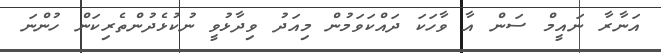
އަނާރާ ނައީމް ސަން އާ ވާހަކަ ދައްކަވަމުން މިއަދު ވިދާޅުވީ ނުކުޅެދުންތެރިކަން ހުންނަ